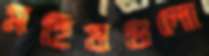
মহিষগুলো